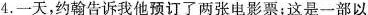
4.一天，约翰告诉我他预订了两张电影票；这是一部以